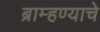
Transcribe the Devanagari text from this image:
ब्राम्हण्याचे